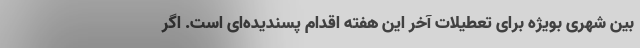
بین شهری بویژه برای تعطیلات آخر این هفته اقدام پسندیده‌ای است. اگر